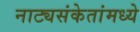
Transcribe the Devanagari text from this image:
नाट्यसंकेतांमध्ये